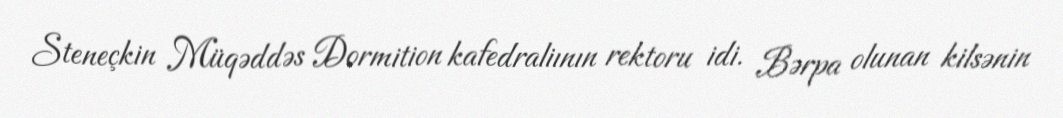
Steneçkin Müqəddəs Dormition kafedraliının rektoru idi. Bərpa olunan kilsənin